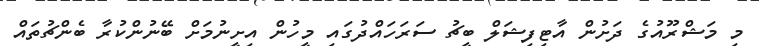
މި މަޝްރޫއުގެ ދަށުން އާޓިފިޝަލް ބީޗު ސަރަހައްދުގައި މީހުން އިށީނުމަށް ބޭނުންކުރާ ބެންޗުތައް